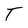
Character: T